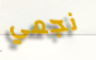
نجمي